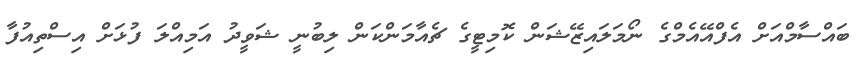
ބައްސާމްއަށް އެފްއޭއެމްގެ ނޯމަލައިޒޭޝަން ކޮމިޓީގެ ޗެއާމަންކަން ލިބުނީ ޝަވީދު އަމިއްލަ ފުޅަށް އިސްތިއުފާ